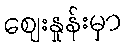
ဈေးနှုန်းမှာ